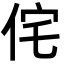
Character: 侘